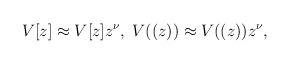
LaTeX: \begin{align*}V[z]\approx V[z]z^{\nu},\;V((z))\approx V((z)) z^{\nu},\end{align*}